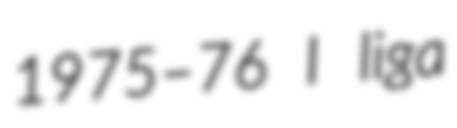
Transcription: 1975–76 I liga